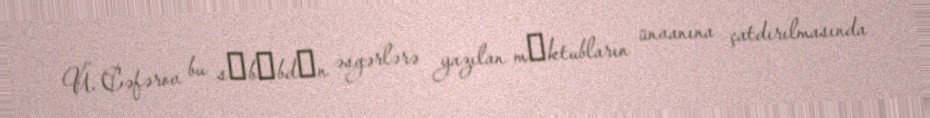
Ü. Cəfərov bu sәbәbdәn əsgərlərə yazılan mәktubların ünvanına çatdırılmasında